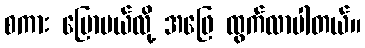
စကား ပြောမယ်လို့ အဖြေ ထွက်လာပါတယ်။